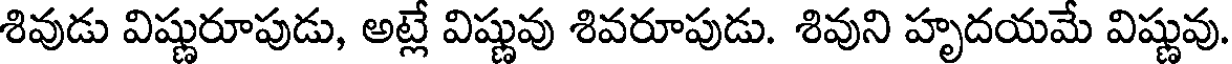
శివుడు విష్ణురూపుడు, అట్లే విష్ణువు శివరూపుడు. శివుని హృదయమే విష్ణువు